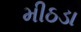
મીઠડા